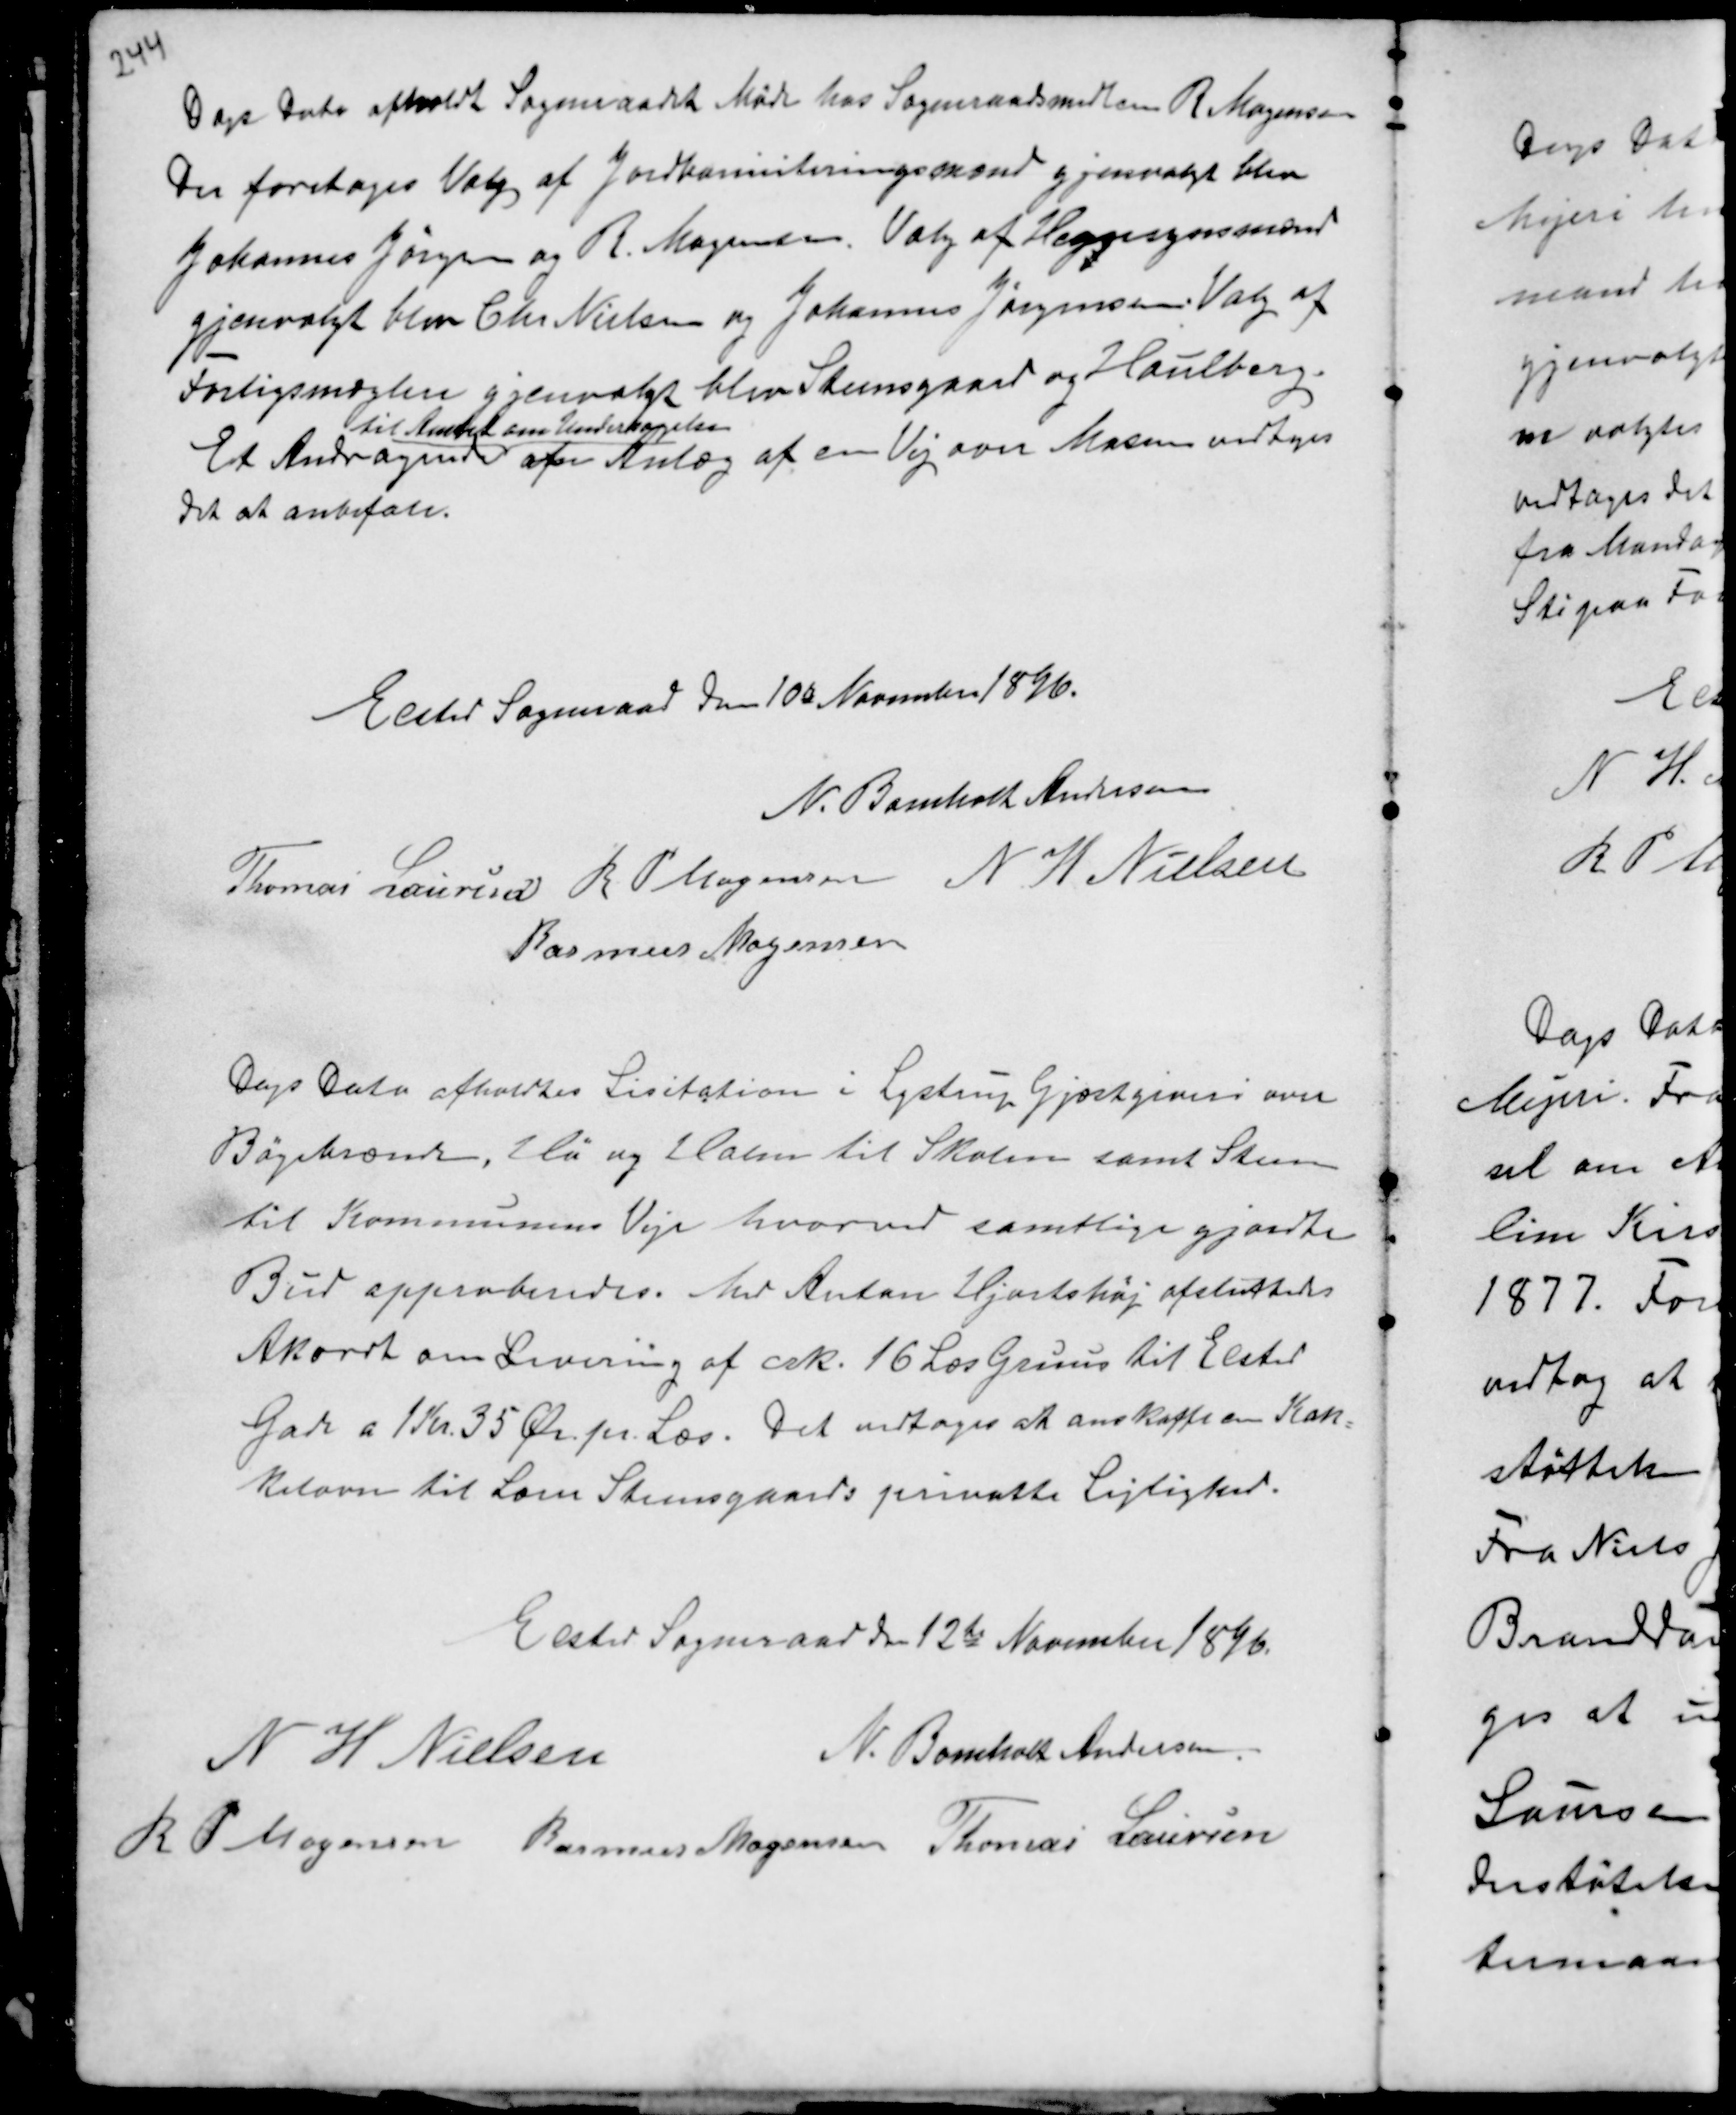
Transskription:
Dags Dato afholdt Sogneraadet Møde hos Sogneraadsmedlem R. Mogensen
Der foretoges Valg af Jordbonniteringsmænd gjenvalgt blev
Johannes Jørgensen og R. Mogensen. Valg af Hegnsynsmænd
gjenvalgt blev Chr Nielsen og Johannes Jørgensen. Valg af
Forligsmæglere gjenvalgt blev Steensgaard og Houlberg.
Et Andragende
til Amtet om Undersøgelse
af Anlæg af en Vej over Mosen vedtoges
det at anbefale.

Elsted Sogneraad den 10de November 1896.
N. Bomholt Andersen
Thomas Laursen R P Mogensen N H Nielsen
Rasmus Mogensen

Dags Dato afholdtes Lisitation i Lystrup Gjæstgiveri over
Bøgebrænde, Hø og Halm til Skolen samt Steen
til Kommunens Veje hvorved samtlige gjordte
Bud approberedes. Med Anton Hjortshøj afsluttedes
Akordt om Levering af crk. 16 Læs Gruus til Elsted
Gade a 1 Kr. 35 Ør. pr Læs. Det vedtoges at anskaffe en Kak-
kelovn til Lærer Steensgaards privatte Lejlighed.

Elsted Sogneraad den 12de November 1896.
N H Nielsen
N. Bomholt Andersen
R P Mogensen Rasmus Mogensen Thomas Laursen